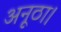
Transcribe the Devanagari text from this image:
अनूठा।